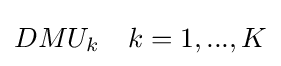
DMU_{k}\quad k=1,...,K